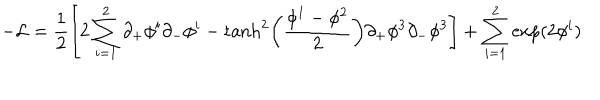
- { \cal L } = \frac { 1 } { 2 } \left[ 2 \sum _ { i = 1 } ^ { 2 } \partial _ { + } \phi ^ { i } \partial _ { - } \phi ^ { i } - \tanh ^ { 2 } \left( { \frac { \phi ^ { 1 } - \phi ^ { 2 } } { 2 } } \right) \partial _ { + } \phi ^ { 3 } \partial _ { - } \phi ^ { 3 } \right] + \sum _ { i = 1 } ^ { 2 } \exp ( 2 \phi ^ { i } )